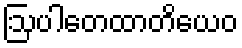
ဩပါတေထာတိယေဝ